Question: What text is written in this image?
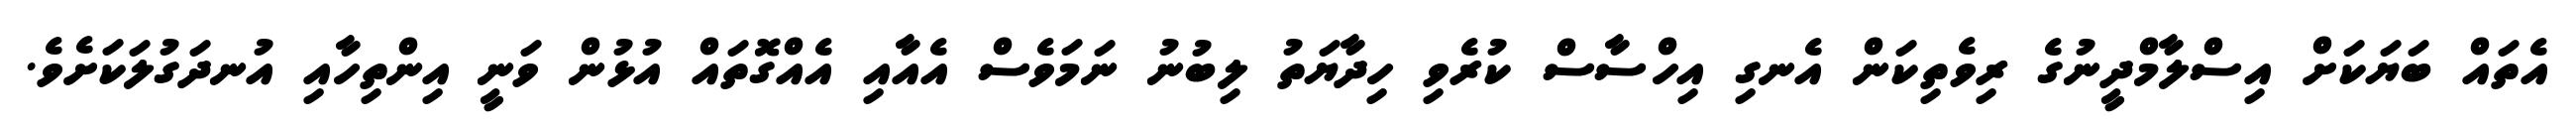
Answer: އެތައް ބަޔަކަށް އިސްލާމްދީނުގެ ރިވެތިކަން އެނގި އިހްސާސް ކުރެވި ހިދާޔަތު ލިބުނު ނަމަވެސް އެއާއި އެއްގޮތައް އުޅުން ވަނީ އިންތިހާއި އުނދަގުލަކަށެވެ.